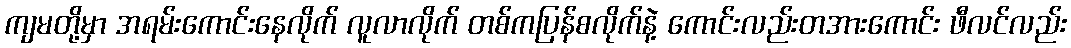
ကျမတို့မှာ အရမ်းကောင်းနေလိုက် လူလာလိုက် တစ်ကပြန်စလိုက်နဲ့ ကောင်းလည်းတအားကောင်း ဖီလင်လည်း